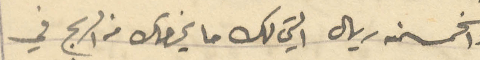
والخمسمئة ريال التي لك ما يخصك من الربح في